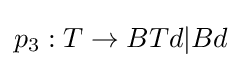
p_{3}:T\rightarrow BTd|Bd